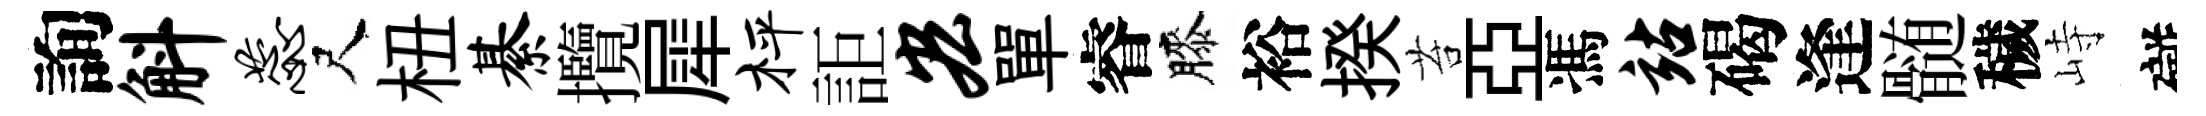
詢斛蕊尺杻綦攬犀枰詎宏單睿膝裕揆苔亞馮站碣逢髄穢峙礙